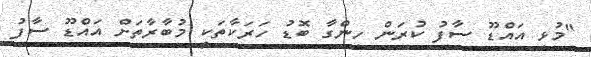
"މުޅި އައްޑޫ ސާފު ކުރަން ހިންގާ ބޮޑު ހަރަކާތަކީ މުބާރާތަށް އައްޑޫ ސާފު